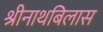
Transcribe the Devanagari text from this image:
श्रीनाथबिलास